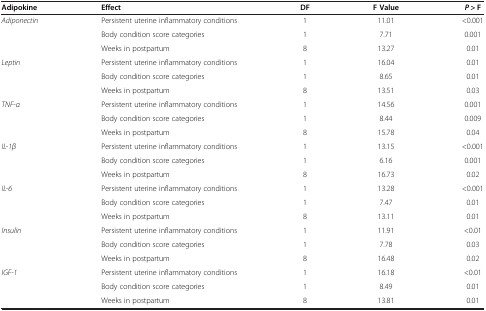
| Adipokine | Effect | DF | F Value | P > F |
 | --- | --- | --- | --- | --- |
 | Adiponectin | Persistent uterine inflammatory conditions | 1 | 11.01 | <0.001 |
 |  | Body condition score categories | 1 | 7.71 | 0.001 |
 |  | Weeks in postpartum | 8 | 13.27 | 0.01 |
 | Leptin | Persistent uterine inflammatory conditions | 1 | 16.04 | 0.01 |
 |  | Body condition score categories | 1 | 8.65 | 0.01 |
 |  | Weeks in postpartum | 8 | 13.51 | 0.03 |
 | TNF-α | Persistent uterine inflammatory conditions | 1 | 14.56 | 0.001 |
 |  | Body condition score categories | 1 | 8.44 | 0.009 |
 |  | Weeks in postpartum | 8 | 15.78 | 0.04 |
 | IL-1β | Persistent uterine inflammatory conditions | 1 | 13.15 | <0.001 |
 |  | Body condition score categories | 1 | 6.16 | 0.001 |
 |  | Weeks in postpartum | 8 | 16.73 | 0.02 |
 | IL-6 | Persistent uterine inflammatory conditions | 1 | 13.28 | <0.001 |
 |  | Body condition score categories | 1 | 7.47 | 0.01 |
 |  | Weeks in postpartum | 8 | 13.11 | 0.01 |
 | Insulin | Persistent uterine inflammatory conditions | 1 | 11.91 | <0.01 |
 |  | Body condition score categories | 1 | 7.78 | 0.03 |
 |  | Weeks in postpartum | 8 | 16.48 | 0.02 |
 | IGF-1 | Persistent uterine inflammatory conditions | 1 | 16.18 | <0.01 |
 |  | Body condition score categories | 1 | 8.49 | 0.01 |
 |  | Weeks in postpartum | 8 | 13.81 | 0.01 |